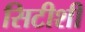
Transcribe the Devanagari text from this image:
सिटीशी